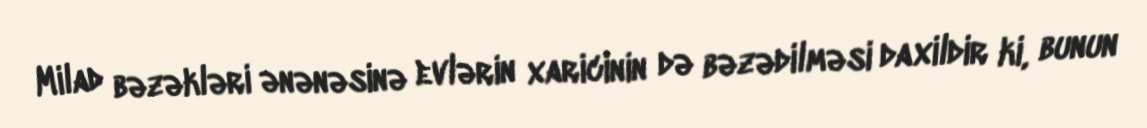
Milad bəzəkləri ənənəsinə evlərin xaricinin də bəzədilməsi daxildir ki, bunun